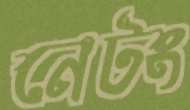
নেটং